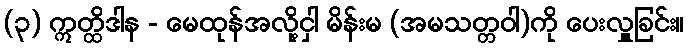
(၃) ဣတ္ထိဒါန - မေထုန်အလို့ငှါ မိန်းမ (အမသတ္တဝါ)ကို ပေးလှူခြင်း။